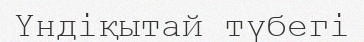
Үндіқытай түбегі